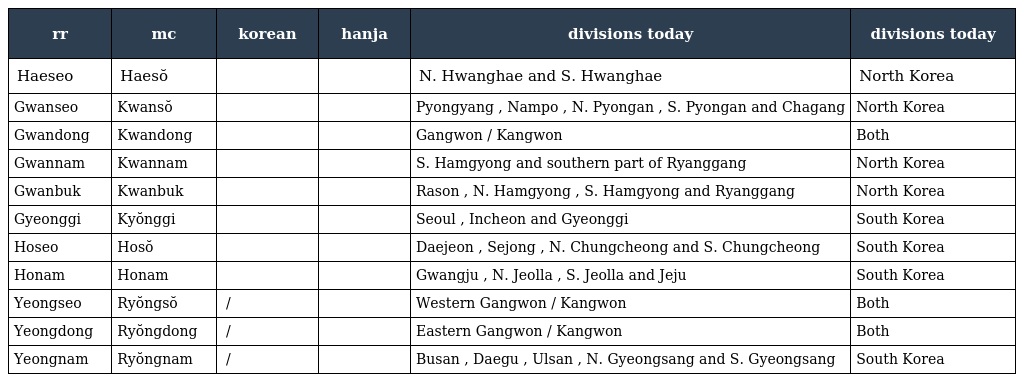
| rr | mc | korean | hanja | divisions today | divisions today |
 | --- | --- | --- | --- | --- | --- |
 | Haeseo | Haesŏ | 해서 | 海西 | N. Hwanghae and S. Hwanghae | North Korea |
 | Gwanseo | Kwansŏ | 관서 | 關西 | Pyongyang , Nampo , N. Pyongan , S. Pyongan and Chagang | North Korea |
 | Gwandong | Kwandong | 관동 | 關東 | Gangwon / Kangwon | Both |
 | Gwannam | Kwannam | 관남 | 關南 | S. Hamgyong and southern part of Ryanggang | North Korea |
 | Gwanbuk | Kwanbuk | 관북 | 關北 | Rason , N. Hamgyong , S. Hamgyong and Ryanggang | North Korea |
 | Gyeonggi | Kyŏnggi | 경기 | 京畿 | Seoul , Incheon and Gyeonggi | South Korea |
 | Hoseo | Hosŏ | 호서 | 湖西 | Daejeon , Sejong , N. Chungcheong and S. Chungcheong | South Korea |
 | Honam | Honam | 호남 | 湖南 | Gwangju , N. Jeolla , S. Jeolla and Jeju | South Korea |
 | Yeongseo | Ryŏngsŏ | 영서 / 령서 | 嶺西 | Western Gangwon / Kangwon | Both |
 | Yeongdong | Ryŏngdong | 영동 / 령동 | 嶺東 | Eastern Gangwon / Kangwon | Both |
 | Yeongnam | Ryŏngnam | 영남 / 령남 | 嶺南 | Busan , Daegu , Ulsan , N. Gyeongsang and S. Gyeongsang | South Korea |